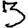
Digit: 3